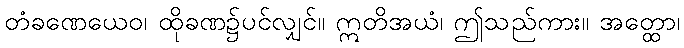
တံခဏေယေဝ၊ ထိုခဏ၌ပင်လျှင်။ ဣတိအယံ၊ ဤသည်ကား။ အတ္ထော၊